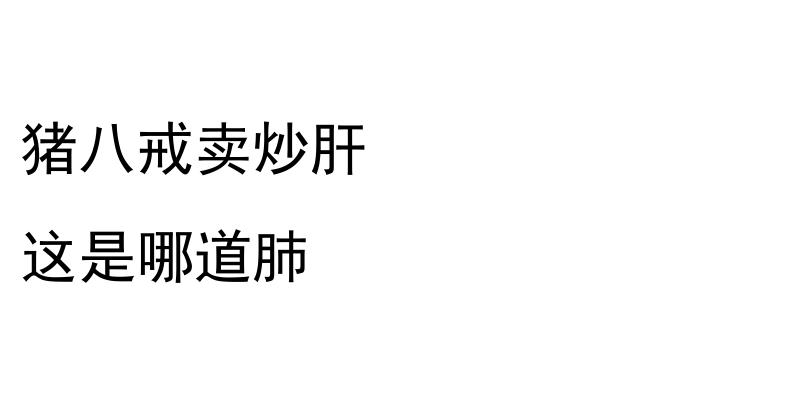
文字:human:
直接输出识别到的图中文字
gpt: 猪八戒卖炒肝 这是哪道肺